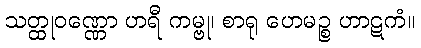
သတ္ထုဝဏ္ဏော ဟရီ ကမ္ဗု၊ စာရု ဟေမဉ္စ ဟာဋကံ။